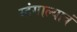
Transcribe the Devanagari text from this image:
म्हंगाल्यावं